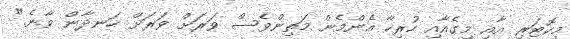
މިކޮޓަރި އާއި މިގެއާއި ހުރިހާ އެންމެން މަތިންވެސް ވަރަށް ވަރަށް ހަނދާން ވާނެ."